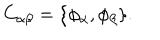
C _ { \alpha \beta } = \{ \phi _ { \alpha } , \phi _ { \beta } \} .